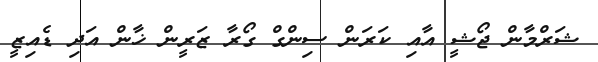
ޝަރްމާން ޖޯޝީ އާއި ކަރަން ސިންގް ގޯރާ ޒަރީން ޚާން އަދި ޑެއިޒީ